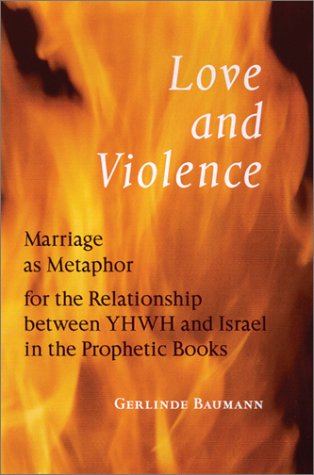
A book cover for Love and Violence: Marriage As Metaphor for the Relationship Between Yhwh and Israel in the Prophetic Books; Gerlinde Baumann; Religion & Spirituality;